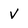
Character: V